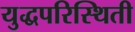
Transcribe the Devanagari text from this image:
युद्धपरिस्थिती